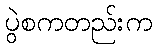
ပွဲစကတည်းက